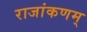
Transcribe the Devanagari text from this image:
राजांकणम्